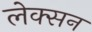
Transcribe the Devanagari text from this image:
लेक्सन